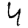
Digit: 4